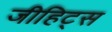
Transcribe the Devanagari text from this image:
जीहिट्स